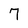
Character: 7